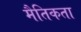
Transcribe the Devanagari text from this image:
मैतिकता